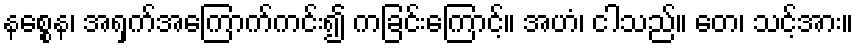
နစ္စေန၊ အရှက်အကြောက်ကင်း၍ ကခြင်းကြောင့်။ အဟံ၊ ငါသည်။ တေ၊ သင့်အား။